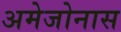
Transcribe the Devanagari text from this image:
अमेजोनास